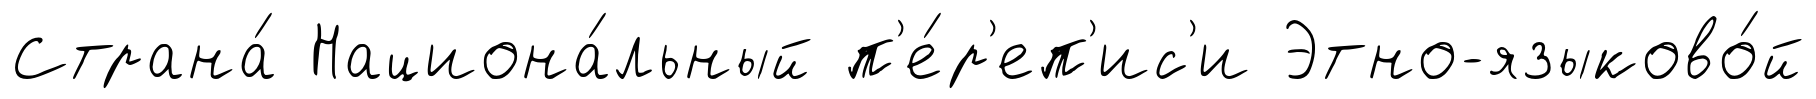
Страна́ Национа́льный п'е́р'еп'ис'и Этно-языково́й